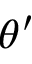
\theta ^ { \prime }